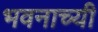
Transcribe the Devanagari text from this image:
भवनाच्यी